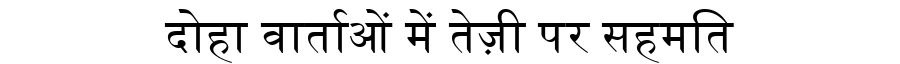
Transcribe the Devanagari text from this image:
दोहा वार्ताओं में तेज़ी पर सहमति